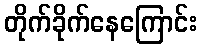
တိုက်ခိုက်နေကြောင်း